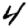
Digit: 4